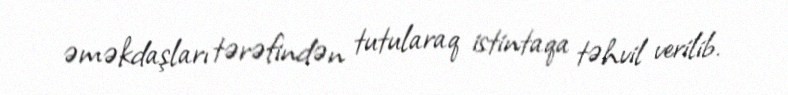
əməkdaşları tərəfindən tutularaq istintaqa təhvil verilib.